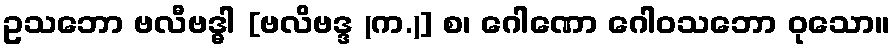
ဥသဘော ဗလီဗဒ္ဓါ [ဗလိဗဒ္ဒ (က.)] စ၊ ဂေါဏော ဂေါဝသဘော ဝုသော။